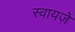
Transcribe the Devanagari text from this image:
स्वायज़े